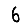
Digit: 6